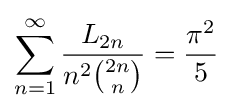
\sum _{n=1}^{\infty }{\frac {L_{2n}}{n^{2}{\binom {2n}{n}}}}={\frac {\pi ^{2}}{5}}